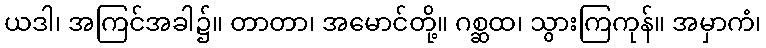
ယဒါ၊ အကြင်အခါ၌။ တာတာ၊ အမောင်တို့။ ဂစ္ဆထ၊ သွားကြကုန်။ အမှာကံ၊